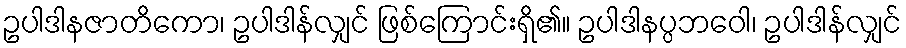
ဥပါဒါနဇာတိကော၊ ဥပါဒါန်လျှင် ဖြစ်ကြောင်းရှိ၏။ ဥပါဒါနပ္ပဘဝေါ၊ ဥပါဒါန်လျှင်